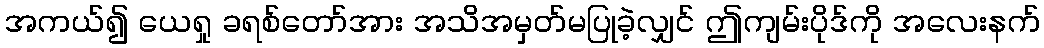
အကယ်၍ ယေရှု ခရစ်တော်အား အသိအမှတ်မပြုခဲ့လျှင် ဤကျမ်းပိုဒ်ကို အလေးနက်